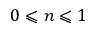
0 \leqslant n \leqslant 1